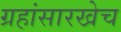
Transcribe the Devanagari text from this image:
ग्रहांसारखेच